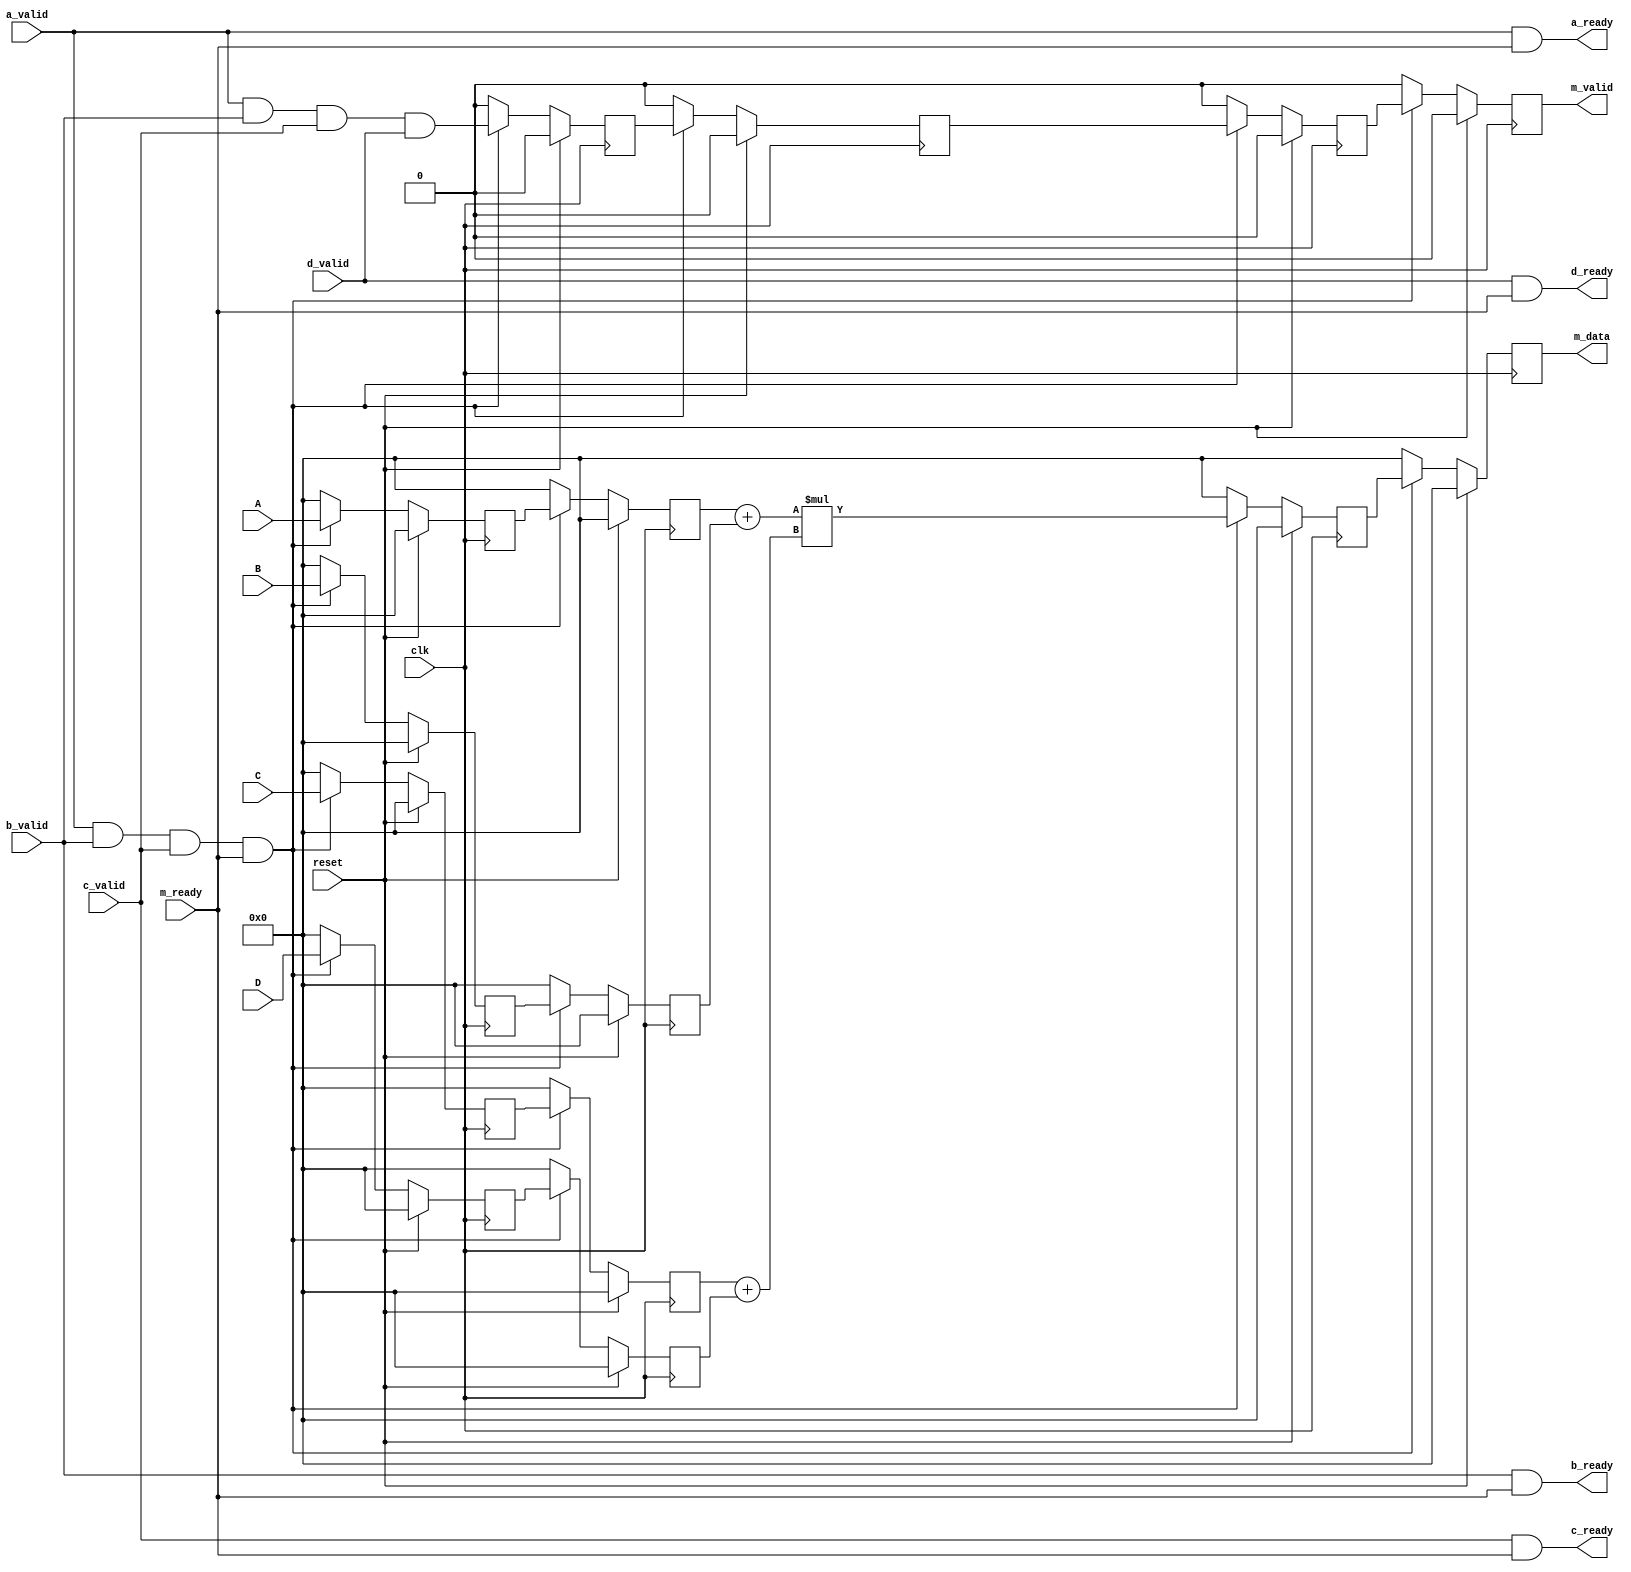
`timescale 1ns / 1ps

/////////
// MAC operation ( a+b * c+d )
/////////

module MAC_AXI#(parameter Data_width=8)(
    input clk,
    input reset,
    // slave data A
    input [Data_width-1:0]A, // data
    input a_valid,
    output a_ready,
    
    //slave data B
    input [Data_width-1:0]B,
    input b_valid,
    output b_ready,
    
    //slave data C
    input [Data_width-1:0]C,
    input c_valid,
    output c_ready,
    
    //slave data D
    input [Data_width-1:0]D,
    input d_valid,
    output d_ready,
    
    //master 
    output [Data_width-1:0]m_data,
    output reg m_valid,
    input m_ready
    );
    
    // registers used for the pipelining
    reg [Data_width-1:0]A0='d0;
    reg [Data_width-1:0]B0='d0;
    reg [Data_width-1:0]C0='d0;
    reg [Data_width-1:0]D0='d0;
    reg [Data_width-1:0]out_0='d0;
    
    reg [Data_width-1:0]A1='d0;
    reg [Data_width-1:0]B1='d0;
    reg [Data_width-1:0]C1='d0;
    reg [Data_width-1:0]D1='d0;
    reg [Data_width-1:0]out_1='d0;
    
    reg valid_1;
    reg valid_2;
    reg valid_3;
    
    assign a_ready = a_valid & m_ready;
    assign b_ready = b_valid & m_ready;
    assign c_ready = c_valid & m_ready; 
    assign d_ready = d_valid & m_ready; 
    
    always@(posedge clk) begin
        if(reset)begin
            A0 <= 'd0;
            B0 <= 'd0;
            C0 <= 'd0;
            D0 <= 'd0;
            A1 <= 'd0;
            B1 <= 'd0;
            C1 <= 'd0;
            D1 <= 'd0;
            out_0 <= 'b0;
            out_1 <= 'b0;
            valid_1 <= 'b0;
            valid_2 <= 'b0;
            valid_3 <= 'b0;
            m_valid <= 'b0;
        end
        else if(a_valid && b_valid && c_valid && m_ready) begin
                               
                A0 <= A;
                B0 <= B;
                C0 <= C;
                D0 <= D;
                                
                A1 <= A0;
                B1 <= B0;
                C1 <= C0;
                D1 <= D0;
                
                out_0<= ( ($signed(A1)+ $signed(B1))*($signed(C1)+ $signed(D1)));      
                out_1 <= out_0;
                valid_1 <= a_valid & b_valid & c_valid & d_valid;        
                valid_2 <= valid_1;
                valid_3 <= valid_2;
                m_valid <= valid_3;
        end
        else begin 
                A0 <= 0;
                A1 <= 0;
        
                B0 <= 0;
                B1 <= 0;
                
                C0 <= 0;
                C1 <= 0;
                
                D0 <= 0;
                D1 <= 0;
                
                out_0 <= 0;
                out_1 <= 0;
        
                valid_1<=0;
                valid_2<=0;
                valid_3<=0;
                m_valid<=0;
        end
end

assign m_data = out_1;
    
endmodule